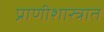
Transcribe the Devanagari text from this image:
प्राणीशास्त्रात